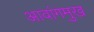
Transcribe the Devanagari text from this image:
आवांगमुख